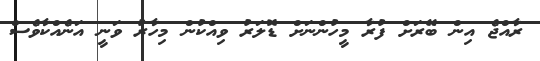
ރާއްޖެ އިން ބޭރަށް ފުރާ މީހުންނަށް ޑޮލަރު ވިއްކުން މިހާރު ވަނީ އަނެއްކާވެސް